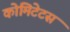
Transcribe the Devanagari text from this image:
कोमिटेटस